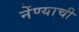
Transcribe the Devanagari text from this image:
नेंण्याची